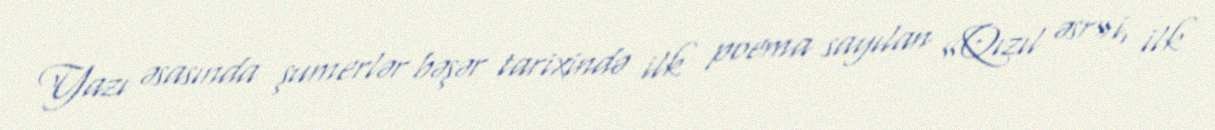
Yazı əsasında şumerlər bəşər tarixində ilk poema sayılan «Qızıl əsr»i, ilk